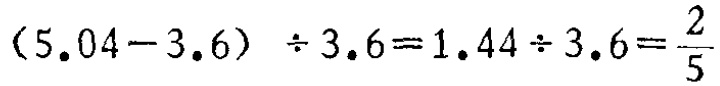
\((5.04 - 3.6) \div 3.6 = 1.44 \div 3.6 = \frac{2}{5}\)